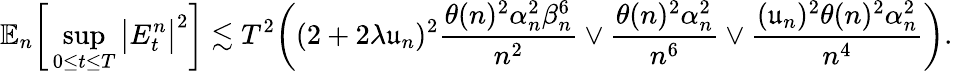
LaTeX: \mathbb{E}_{n}\bigg[\operatorname*{sup}_{0\le t\le T}\big|E_{t}^{n}\big|^{2}\bigg]\lesssim T^{2}\bigg((2+2\lambda\mathfrak{u}_{n})^{2}\frac{\theta(n)^{2}\alpha_{n}^{2}\beta_{n}^{6}}{n^{2}}\vee\frac{\theta(n)^{2}\alpha_{n}^{2}}{n^{6}}\vee\frac{(\mathfrak{u}_{n})^{2}\theta(n)^{2}\alpha_{n}^{2}}{n^{4}}\bigg).